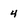
Character: 4